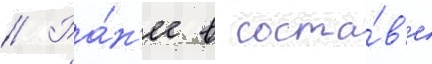
// Ра́н'ее в соста́в'е